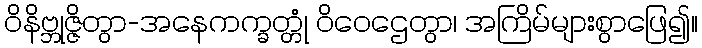
ဝိနိဗ္ဘုဇ္ဇိတွာ-အနေကက္ခတ္တုံ ဝိဝေဌေတွာ၊ အကြိမ်များစွာဖြေ၍။